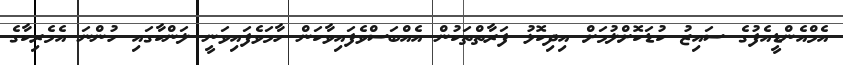
އެމްއެންޑީއެފުގެ ސައިޒު ކުޑަކޮށްލުމަށް އިދިކޮޅު ފަރާތްތަކުން އެއްބަސްވެފައިވާކަން ހާމަވެފައިވަނީ ލަންކާގައި ހުންނަ އެމެރިކާގެ